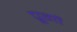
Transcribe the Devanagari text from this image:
पूगों